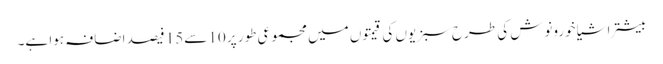
بیشتر اشیا خورونوش کی طرح سبزیوں کی قیمتوں میں مجموعی طور پر 10 سے15 فیصد اضافہ ہوا ہے۔